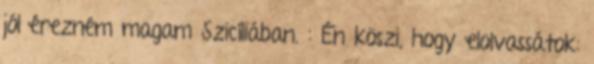
jól érezném magam Szicíliában. : Én köszi, hogy elolvassátok: